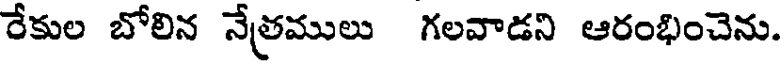
రేకుల బోలిన నేత్రములు గలవాడని ఆరంభించెను.